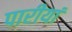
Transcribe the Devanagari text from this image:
पारीयां